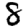
Digit: 8